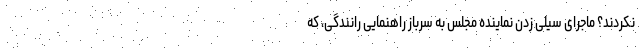
نکردند؟ ماجرای سیلی زدن نماینده مجلس به سرباز راهنمایی رانندگی، که